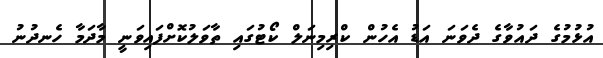
އުޅުމުގެ ދައުވާގެ ދެވަނަ އަޑު އެހުން ކްރިމިނަލް ކޯޓުގައި ތާވަލުކޮށްފައިވަނީ މާދަމާ ހެނދުނު